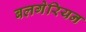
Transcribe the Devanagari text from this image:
बलगेरियन